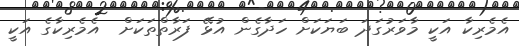
އެމެރިކާ އަކީ މާވަރުގަދަ ބަޔަކަށް ހަދާގެން އުޅޭ ފަރާތްތަކަށް  އެމެރިކާގެ އަކީ